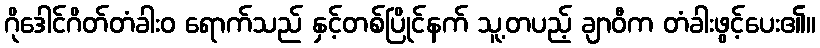
ဂိုဒေါင်ဂိတ်တံခါးဝ ရောက်သည် နှင့်တစ်ပြိုင်နက် သူ့တပည့် ချာဝီက တံခါးဖွင့်ပေး၏။